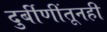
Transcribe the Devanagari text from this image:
दुर्बीणींतूनही